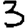
Digit: 3